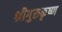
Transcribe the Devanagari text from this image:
श्रीगुरुकृष्ण